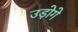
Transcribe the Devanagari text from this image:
उड़ोगे